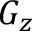
G _ { z }